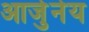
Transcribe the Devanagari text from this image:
आर्जुनेय